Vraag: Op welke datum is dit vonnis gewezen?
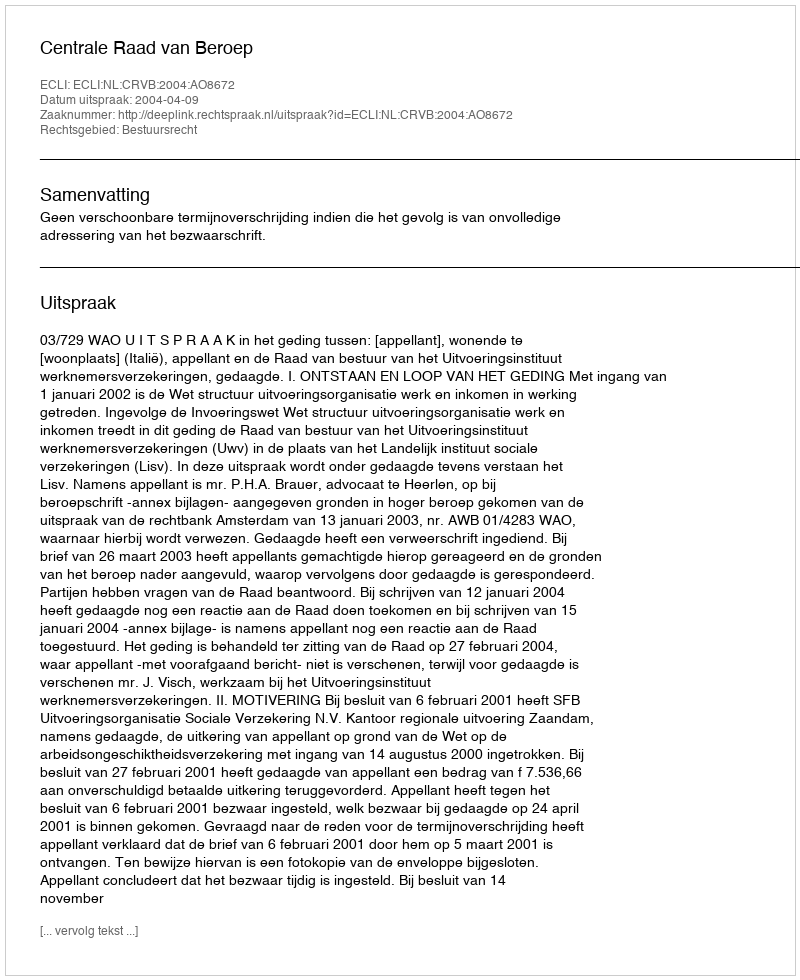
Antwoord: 2004-04-09